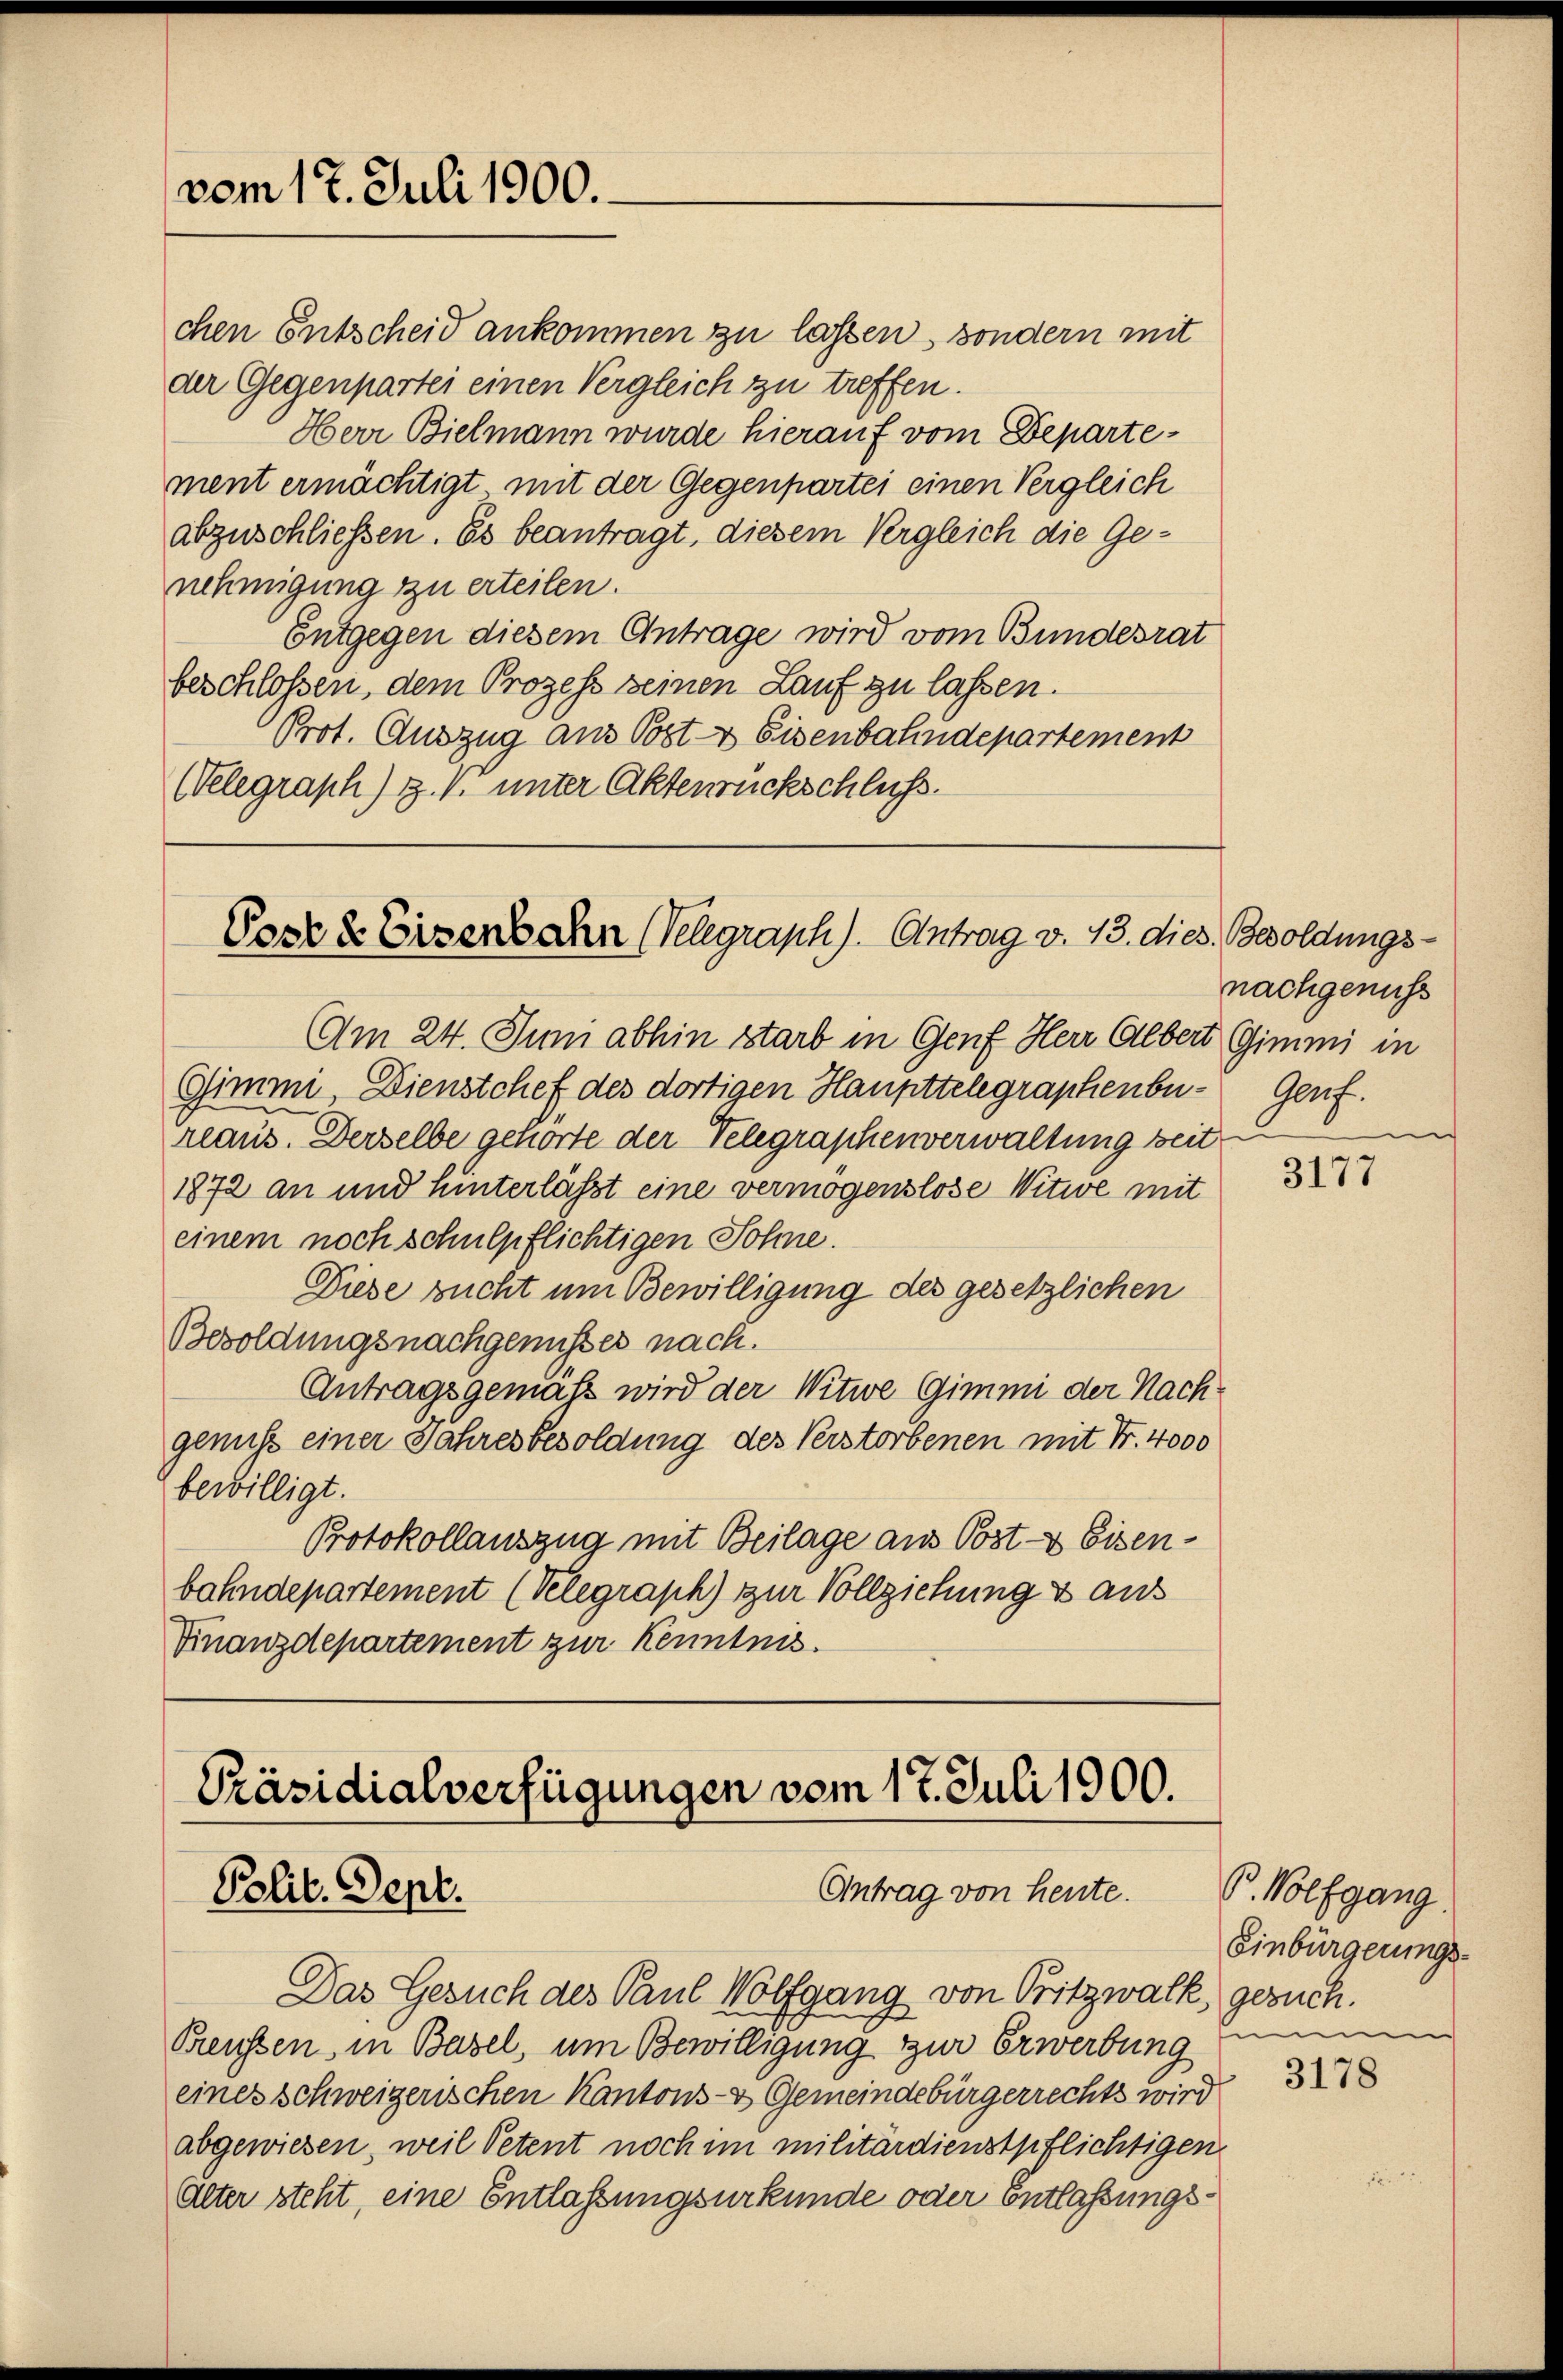
vom 17. Juli 1900.

chen Entscheid ankommen zu lassen, sondern mit
der Gegenpartei einen Vergleich zu treffen.
Herr Bielmann wurde hierauf vom Departement ermächtigt mit der Gegenpartei einen Vergleich
abzuschliessen. Es beantragt, diesem Vergleich die Genehmigung zu erteilen.
Entgegen diesem Antrage wird vom Bundesrat
beschlossen, dem Prozess seinen Lauf zu lassen.
Prot. Auszug aus Post- & Eisenbahndepartement
(Velegraph) z. B. unter Aktenrückschluss.

Post & Eisenbahn (Velegraph). Antrag v. 13. dies. Besoldungs¬

Präsidialverfügungen vom 17. Juli 1900.
Antrag von heute.
Polit. Sept.

Am 24. Juni abhin starb in Genf Herr Albert Gimmi in
Gimmi, Dienstchef des dortigen Haupttelegraphenbereaus. Derselbe gehörte der Telegraphenverwaltung zeit
1872 an und hinterlässt eine vermögenslose Witwe mit
einem noch schulpflichtigen Sohne.
Diese sucht um Bewilligung des gesetzlichen
Besoldungsnachgenusses nach.
Antragsgemäß wird der Witwe Gimmi der Nachgenuß einer Jahresbesoldung des Verstorbenen mit Fr. 4000
bewilligt.
Protokollauszug mit Beilage aus Post- & Eisenbahndepartement (Velegraph) zur Vollziehung & aus
Finanzdepartement zur Kenntnis.

Das Gesuch des Paul Wolfgang von Pritzwalk, gesuch.
Preussen, in Basel, um Bewilligung zur Erwerbung
eines Schweizerischen Kantons- & Gemeindebürgerrechts wird
abgewiesen, weil Petent noch im militärdienstpflichtigen
Alter steht, eine Entlassungsurkunde oder Entlassungs¬

nachgenuss
Garf.

3177

P. Wolfgang
Einbürgerungs-
i

3178